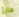
هايز